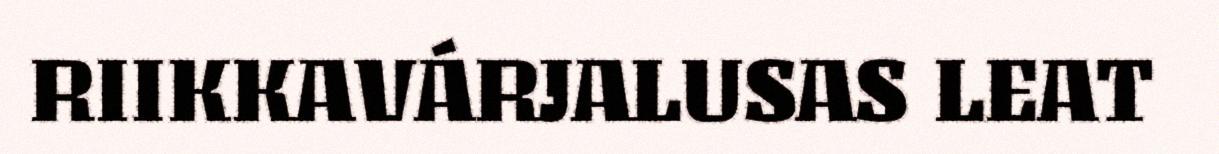
RIIKKAVÁRJALUSAS LEAT